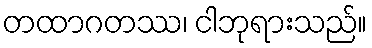
တထာဂတဿ၊ ငါဘုရားသည်။